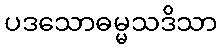
ပဒသောဓမ္မသဒိသာ